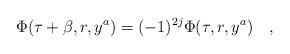
LaTeX: \begin{align*}\Phi(\tau+\beta,r,y^a)=(-1)^{2j}\Phi(\tau,r,y^a)~~~,\end{align*}